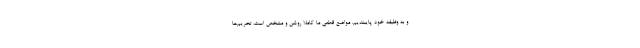
و به وظیفه خود پایبندیم. مواضع قطعی ما کاملا روشن و مشخص است، تحریم‌ها